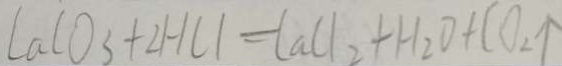
C a C O _ { 3 } + 2 H C l = C a C l _ { 2 } + H _ { 2 } O + C O _ { 2 } \uparrow